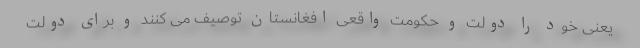
یعنی خود را دولت و حکومت واقعی افغانستان توصیف می کنند و برای دولت